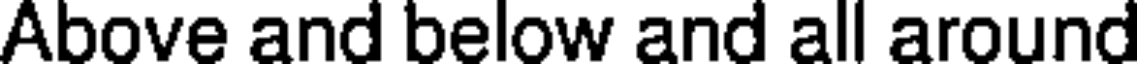
Above and below and all around